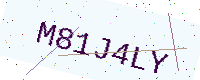
Text: M81J4LY